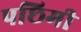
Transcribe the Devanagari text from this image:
पछिमी